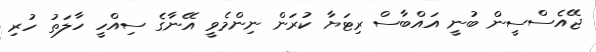
ޖޭއެސްސީން ބުނީ އައްބާސް ރިޓަޔާ ކުރަން ނިންމެވީ އޭނާގެ ސިއްހީ ހާލަތު ހުރި